Indian journal of veterinary science and animal husbandry - Volumes 15-17, 1948-1951
Year: 1948
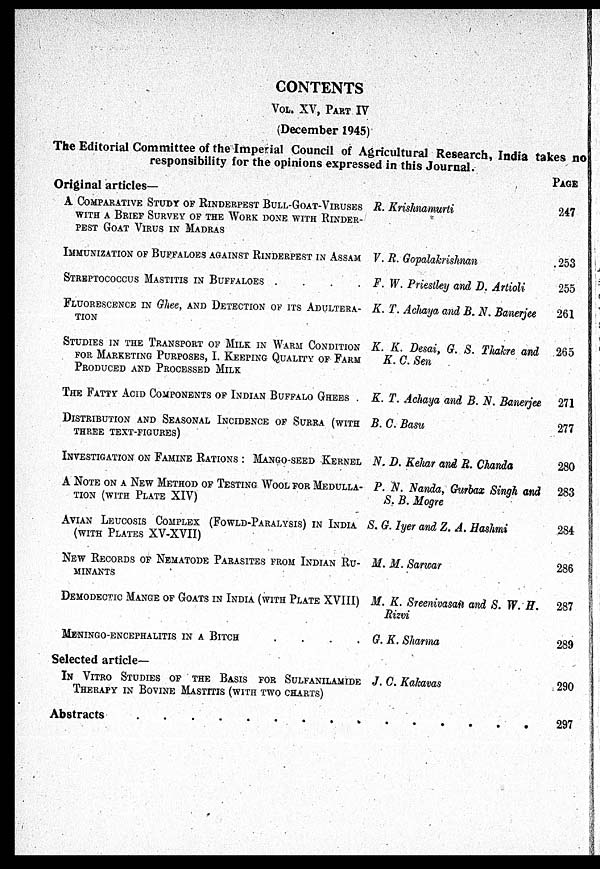
CONTENTS
VOL. XV, PART IV
(December 1945)
The Editorial Committee of the Imperial Council of Agricultural Research, India takes no
responsibility for the opinions expressed in this Journal.
Original articles—
A COMPARATIVE STUDY OF RINDERPEST BULL-GOAT-VIRUSES
WITH A BRIEF SURVEY OF THE WORK DONE WITH RINDER-
PEST GOAT VIRUS IN MADRAS
IMMUNIZATION OF BUFFALOES AGAINST RINDERPEST IN ASSAM
STREPTOCOCCUS MASTITIS IN BUFFALOES .
.
.
.
FLUORESCENCE IN Ghee, AND DETECTION OF ITS ADULTERA-
TION
STUDIES IN THE TRANSPORT OF MILK IN WARM CONDITION
FOR MARKETING PURPOSES, I. KEEPING QUALITY OF FARM
PRODUCED AND PROCESSED MILK
THE FATTY ACID COMPONENTS OF INDIAN BUFFALO GHEES .
DISTRIBUTION AND SEASONAL INCIDENCE OF SURRA (WITH
THREE TEXT-FIGURES)
INVESTIGATION ON FAMINE RATIONS : MANGO-SEED KERNEL
A NOTE ON A NEW METHOD OF TESTING WOOL FOR MEDULLA-
TION (WITH PLATE XIV)
AVIAN LEUCOSIS COMPLEX (FOWLD-PARALYSIS) IN INDIA
(WITH PLATES XV-XVII)
NEW RECORDS OF NEMATODE PARASITES FROM INDIAN RU-
MINANTS
DEMODECTIC MANGE OF GOATS IN INDIA (WITH PLATE XVIII)
MENINGO-ENCEPHALITIS IN A BITCH
.
.
.
.
Selected article—
IN VITRO STUDIES OF THE BASIS FOR SULFANILAMIDE
THERAPY IN BOVINE MASTITIS (WITH TWO CHARTS)
JR. Krishnamurti
V. R. Gopalakrishnan
F. W. Priestley and D. Artioli
K. T. Achaya and B. N. Banerjee
K. K. Desai, G. S. Thakre and
K. C. Sen
K. T. Achaya and B. N. Banerjee
B. C. Basu
N. D. Kehar and R. Chanda
P. N. Nanda, Gurbax Singh and
S. B. Mogre
S. G. Iyer and Z. A, Hashmi
M. M. Sarwar
M. K. Sreenivasan and S. W. H.
Rizvi
G. K. Sharma
J. C. Kakavas
Abstracts . . . . . . . . . .
PAGE
247
253
255
261
265
271
277
280
283
284
286
287
289
290
297